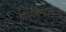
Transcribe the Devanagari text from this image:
उत्पादनशक्तियों